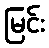
မြင်း